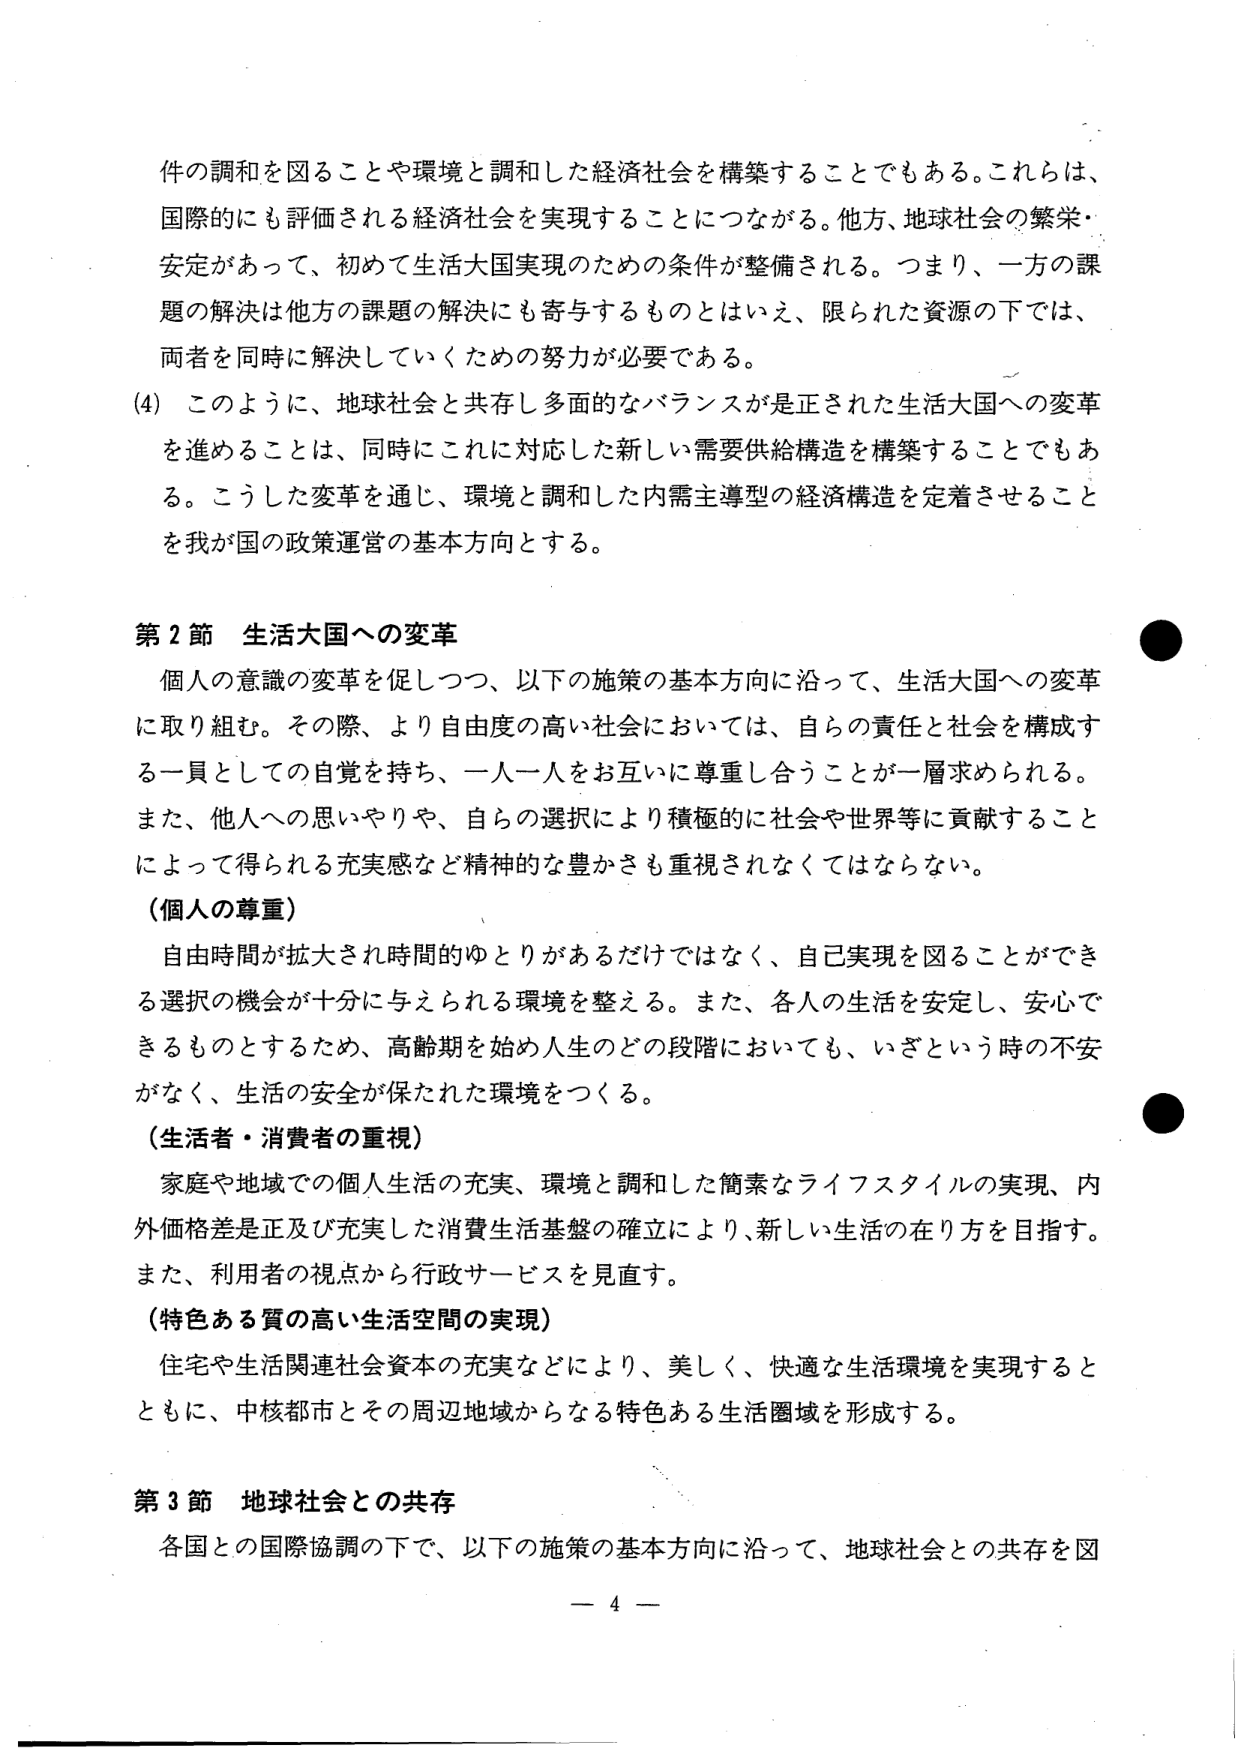
件の調和を図ることや環境と調和した経済社会を構築することでもある。これらは、
国際的にも評価される経済社会を実現することにつながる。他方、地球社会の繁栄・
安定があって、初めて生活大国実現のための条件が整備される。つまり、一方の課
題の解決は他方の課題の解決にも寄与するものとはいえ、限られた資源の下では、
両者を同時に解決していくための努力が必要である。
(4) このように、地球社会と共存し多面的なバランスが是正された生活大国への変革
を進めることは、同時にこれに対応した新しい需要供給構造を構築することでもあ
る。こうした変革を通じ、環境と調和した内需主導型の経済構造を定着させること
を我が国の政策運営の基本方向とする。

第2節 生活大国への変革
個人の意識の変革を促しつつ、以下の施策の基本方向に沿って、生活大国への変革
に取り組む。その際、より自由度の高い社会においては、自らの責任と社会を構成す
る一員としての自覚を持ち、一人一人をお互いに尊重し合うことが一層求められる。
また、他人への思いやりや、自らの選択により積極的に社会や世界等に貢献すること
によって得られる充実感など精神的な豊かさも重視されなくてはならない。
（個人の尊重）
自由時間が拡大され時間的ゆとりがあるだけではなく、自己実現を図ることができ
る選択の機会が十分に与えられる環境を整える。また、各人の生活を安定し、安心で
きるものとするため、高齢期を始め人生のどの段階においても、いざという時の不安
がなく、生活の安全が保たれた環境をつくる。
（生活者・消費者の重視）
家庭や地域での個人生活の充実、環境と調和した簡素なライフスタイルの実現、内
外価格差是正及び充実した消費生活基盤の確立により、新しい生活の在り方を目指す。
また、利用者の視点から行政サービスを見直す。
（特色ある質の高い生活空間の実現）
住宅や生活関連社会資本の充実などにより、美しく、快適な生活環境を実現すると
ともに、中核都市とその周辺地域からなる特色ある生活圏域を形成する。

第3節 地球社会との共存
各国との国際協調の下で、以下の施策の基本方向に沿って、地球社会との共存を図

－ 4 －